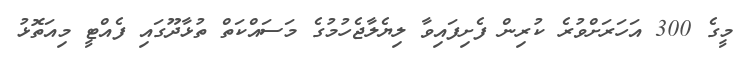
މީގެ 300 އަހަރަށްވުރެ ކުރިން ފެށިފައިވާ ލިޔެލާޖެހުމުގެ މަސައްކަތް ތުޅާދޫގައި ފެއްޓީ މިއަތޮޅު